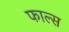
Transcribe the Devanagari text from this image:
फाल्‍स